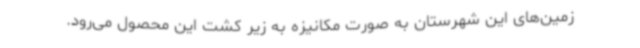
زمین‌های این شهرستان به صورت مکانیزه به زیر کشت این محصول می‌رود.